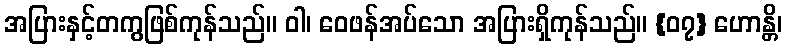
အပြားနှင့်တကွဖြစ်ကုန်သည်။ ဝါ၊ ဝေဖန်အပ်သော အပြားရှိကုန်သည်။ {၀၇} ဟောန္တိ၊